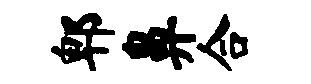
郫鼻合